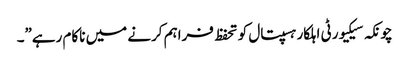
چونکہ سیکیورٹی اہلکار ہسپتال کو تحفظ فراہم کرنے میں ناکام رہے”۔